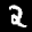
Label: 2